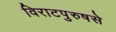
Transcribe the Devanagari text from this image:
विराटपुरुषसे